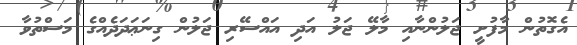
އެގޮތުން މާފުށީ ޖަލުންނާއި މާލޭ ޖަލު އަދި އައްސޭރި ޖަލުން ގިނަޢަދަދެއްގެ މަސްތުވާ